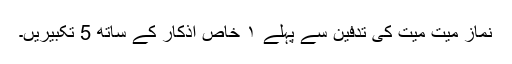
نماز میت میت کی تدفین سے پہلے ۱ خاص اذکار کے ساتھ 5 تکبیریں۔